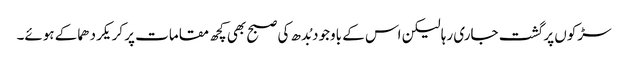
سڑکوں پر گشت جاری رہا لیکن اس کے باوجود بُدھ کی صبح بھی کچھ مقامات پر کریکر دھماکے ہوئے۔